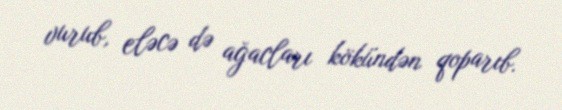
vurub, eləcə də ağacları kökündən qoparıb.